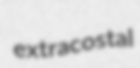
extracostal